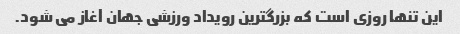
این تنها روزی است که بزرگترین رویداد ورزشی جهان آغاز می شود.